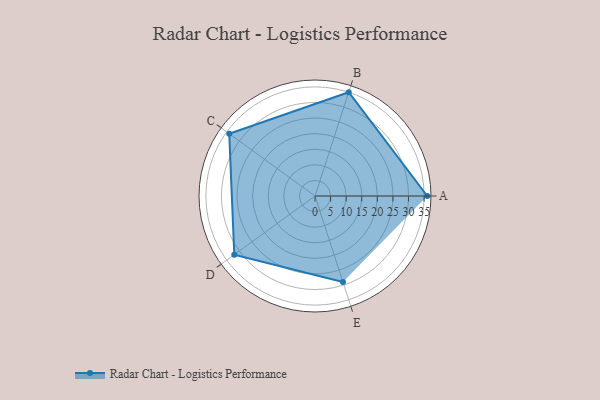
{"axis": {"x": "Skill", "y": "Score"}, "legend": ["Profile"], "data": [{"x": "A", "y": 36.0, "type": "Profile"}, {"x": "B", "y": 35.0, "type": "Profile"}, {"x": "C", "y": 34.0, "type": "Profile"}, {"x": "D", "y": 32.0, "type": "Profile"}, {"x": "E", "y": 29.0, "type": "Profile"}]}